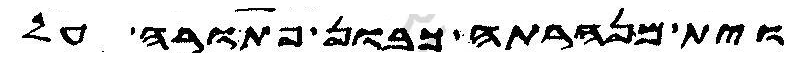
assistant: וית מנהרתה כבון פתורה על